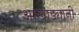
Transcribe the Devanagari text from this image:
आखाड्यानी